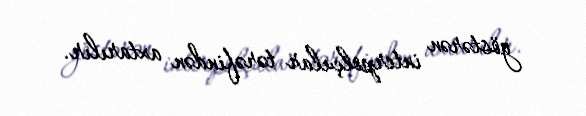
göstərən interpolçular tərəfindən axtarılır.